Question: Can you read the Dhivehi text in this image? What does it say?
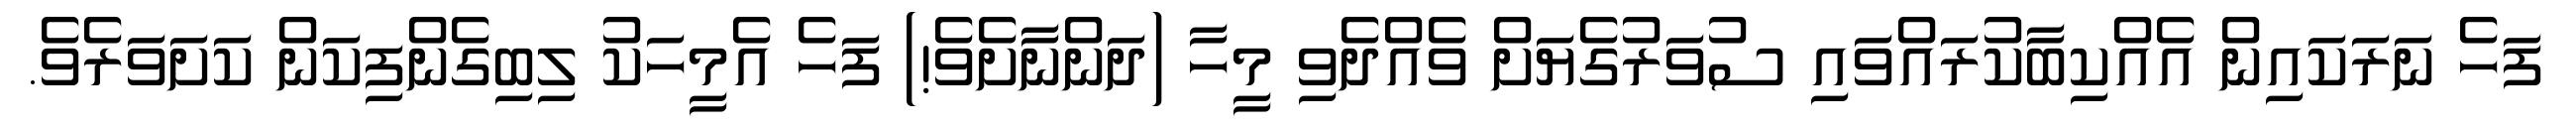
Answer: ފަހެ ނަރަކައިން އެއްކިބާކުރައްވައި ސުވަރުގެޔަށް ވެއްދެވި މީހާ (ދަންނާށެވެ!) ފަހެ އެމީހަކު ލިބިގެންފިކަން ކަށަވަރެވެ.